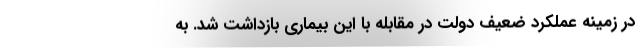
‌در زمینه عملکرد ضعیف دولت در مقابله با این بیماری بازداشت شد. به